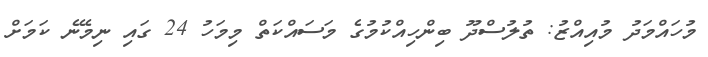
މުހައްމަދު މުއިއްޒު: ތުލުސްދޫ ބިންހިއްކުމުގެ މަަސައްކަތް މިމަހު 24 ގައި ނިމޭނެ ކަމަށް